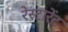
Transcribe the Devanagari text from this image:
रेस्टारेंट